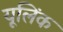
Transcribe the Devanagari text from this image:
यूलिंक